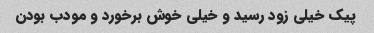
پیک خیلی زود رسید و خیلی خوش برخورد و مودب بودن